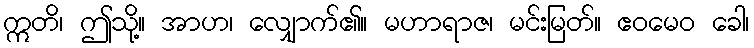
ဣတိ၊ ဤသို့။ အာဟ၊ လျှောက်၏။ မဟာရာဇ၊ မင်းမြတ်။ ဧဝမေဝ ခေါ၊